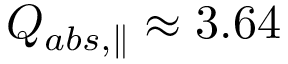
Q _ { a b s , \parallel } \approx 3 . 6 4